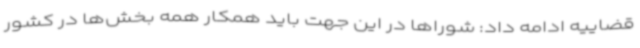
قضاییه ادامه داد: شوراها در این جهت باید همکار همه بخش‌ها در کشور